Lunatic asylums Punjab 1868-1880 - 1868-1880
Year: 1868
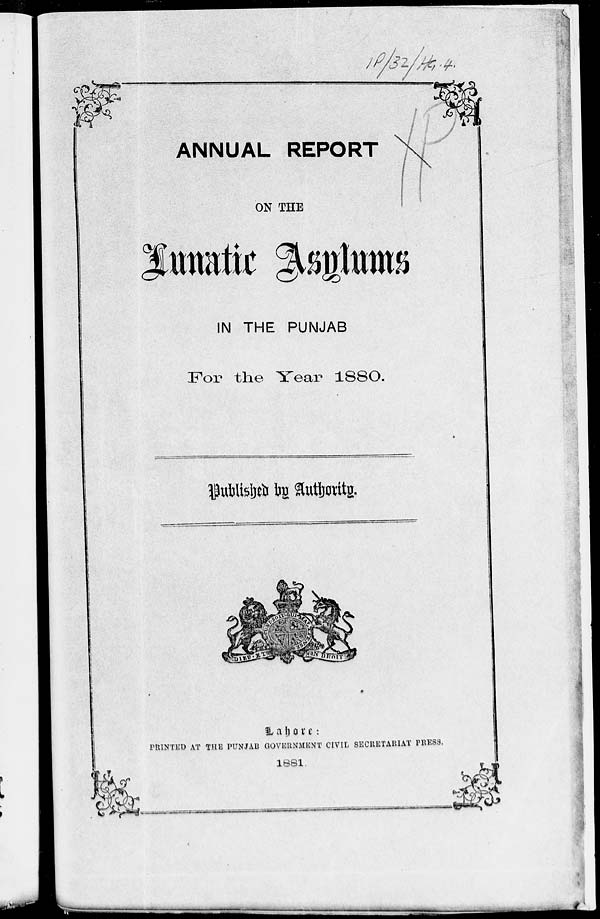
ANNUAL REPORT
ON THE
IN THE PUNJAB
For the Year 1880.
Published by Authority.
Lahore:
PRINTED AT THE PUNJAB GOVERNMENT CIVIL SECRETARIAT PRESS.
1881.